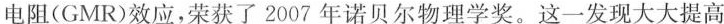
电阻(GMR)效应，荣获了2007年诺贝尔物理学奖。这一发现大大提高